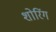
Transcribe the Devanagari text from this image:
शोरिंग